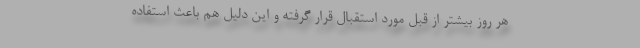
هر روز بیشتر از قبل مورد استقبال قرار گرفته و این دلیل هم باعث استفاده